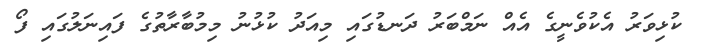
ކުޅިވަރު އެކުވެނީގެ އެއް ނަމްބަރު ދަނޑުގައި މިއަދު ކުޅުނު މިމުބާރާތުގެ ފައިނަލުގައި ފޯ